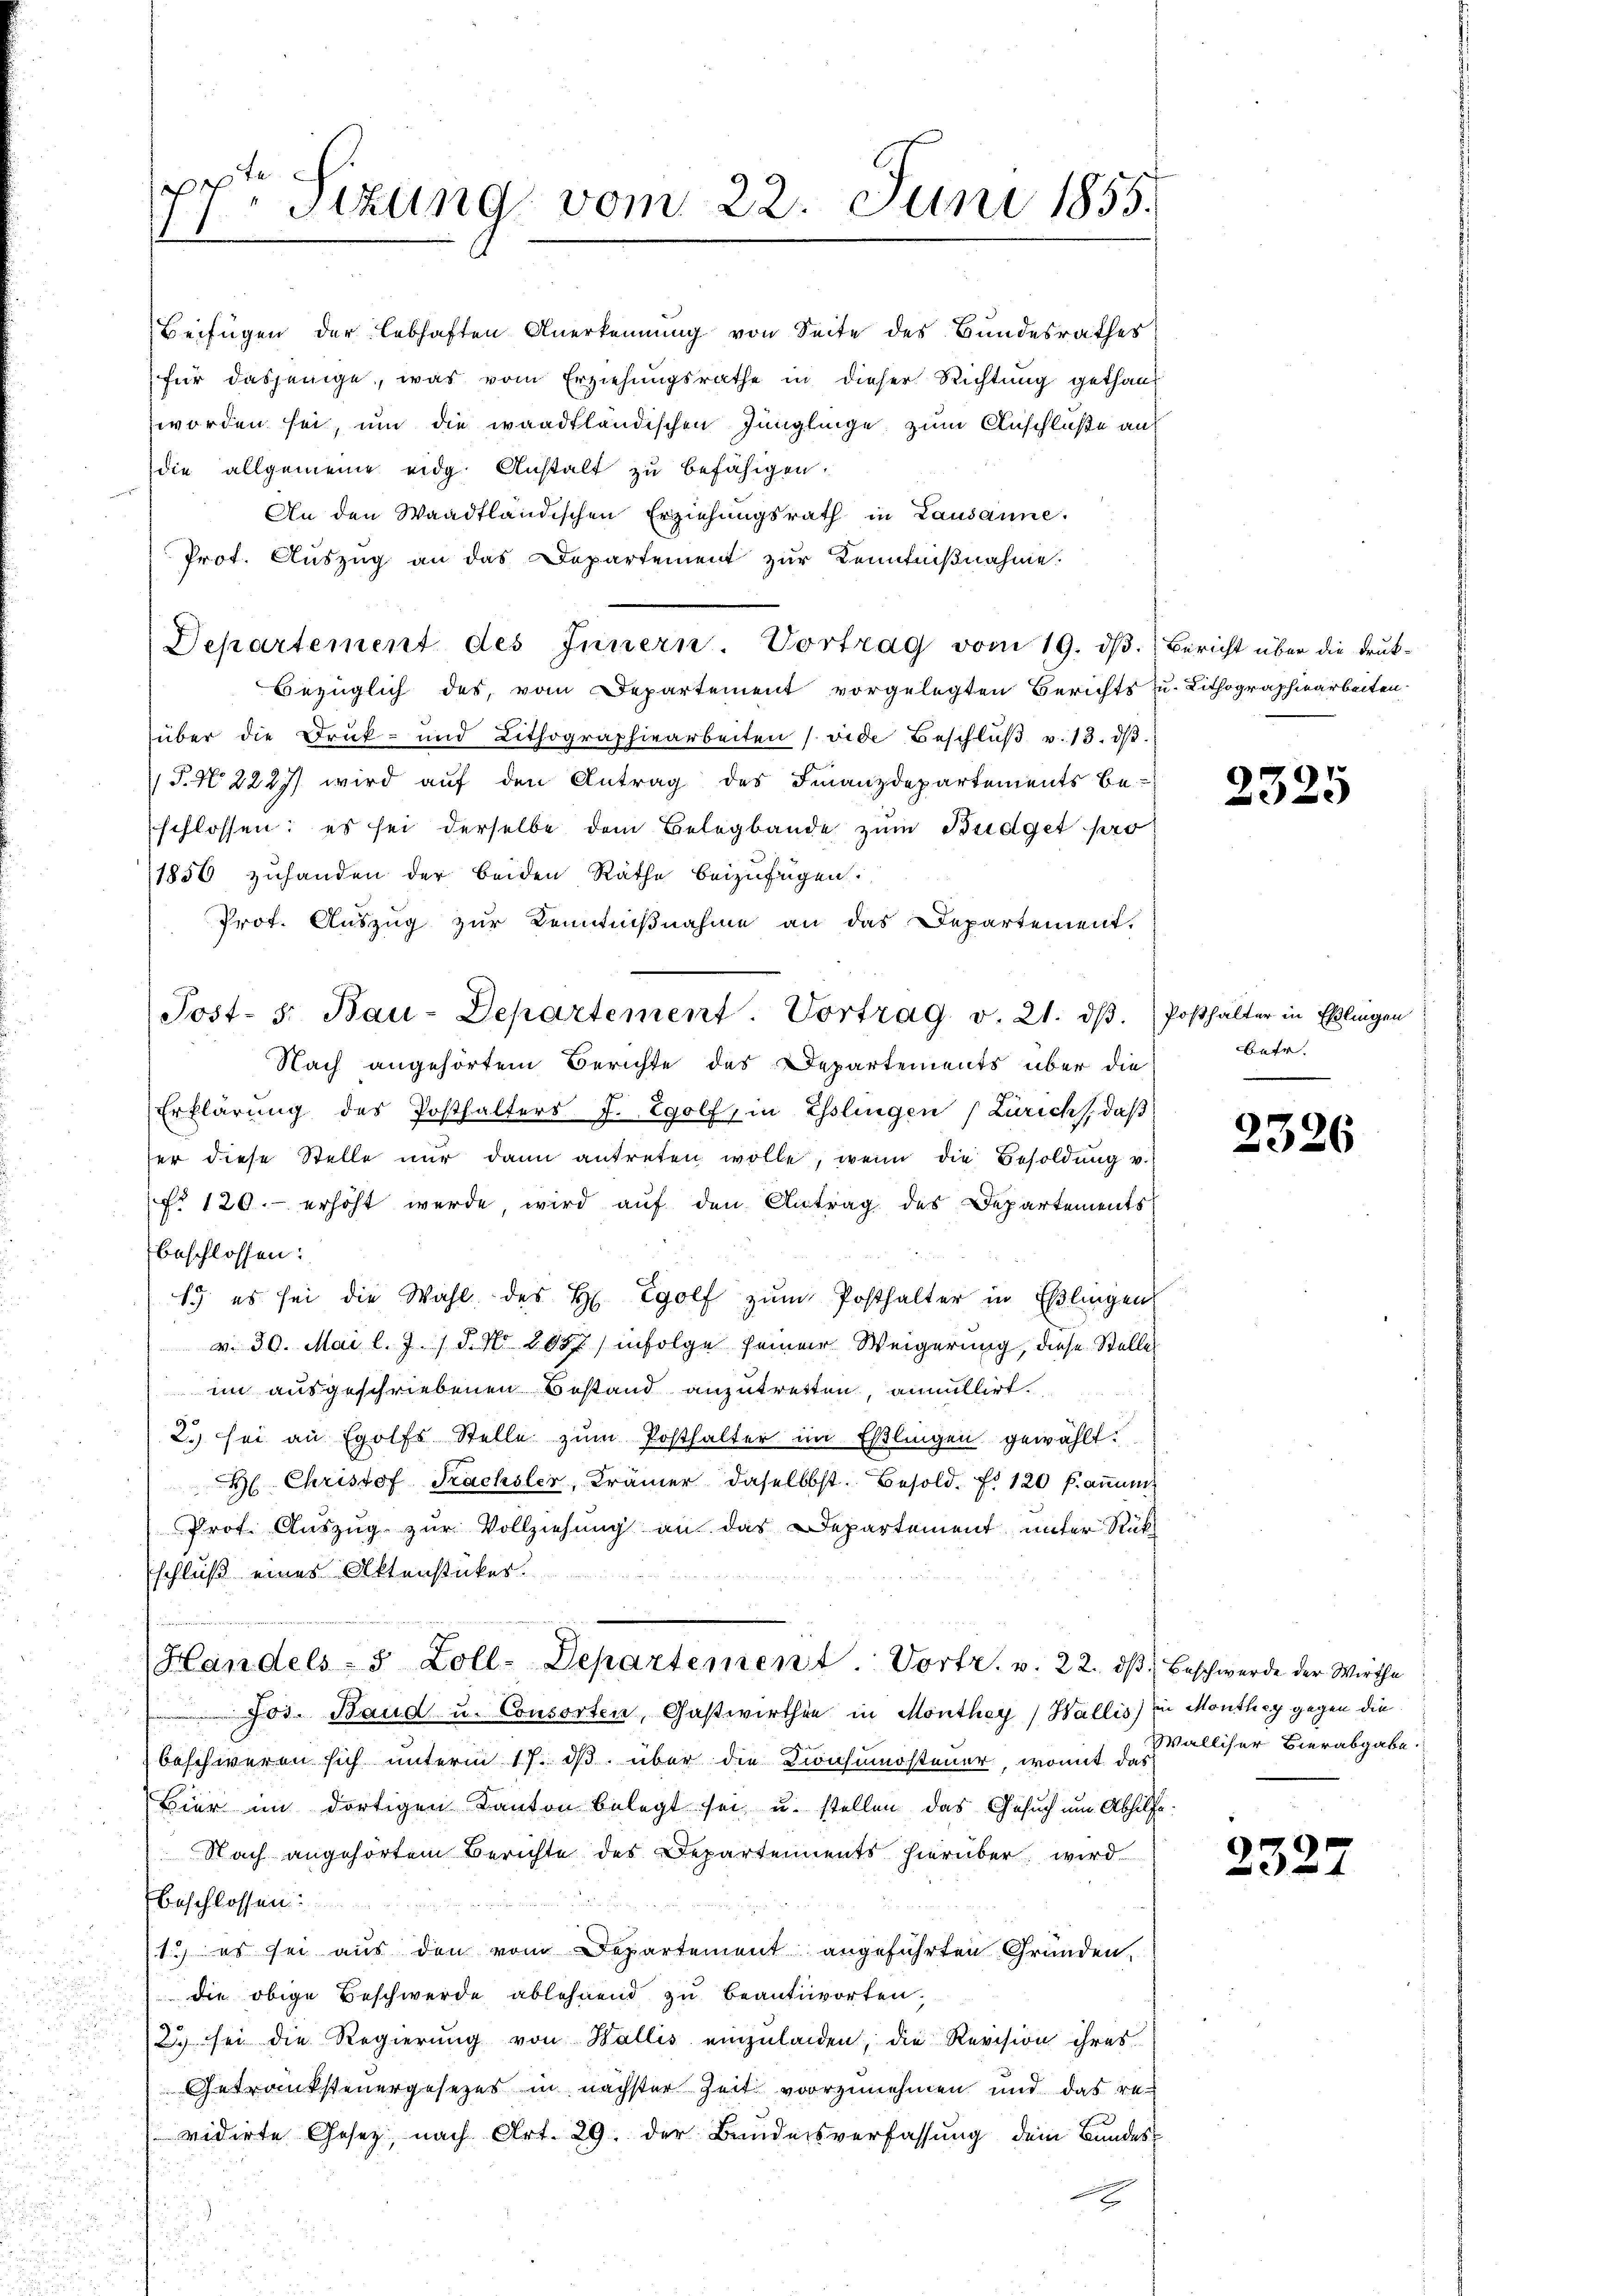
a
 Sizung vom 22. Juni 1855.

Prot. Auszug an das Departement zur Kenntnißnahme.
Bezüglich des, vom Departement vorgelegten Berichts u. Lithographiearbeiten.
über die Druck- und Lithographiearbeiten (vide Beschlŭβ v. 13. dβ
J.N 2227) wird auf den Antrag des Finanzdepartements be-
schlossen: es sei derselbe dem Belagbande zum Budget pro
1856 zuhanden der beiden Räthe beizufügen.
Prof. Auszug zur Kenntnißnahme an das Departement.
Post- s. Bau-Departement. Vortrag v. 21. dβ.
Nach angehörtem Berichte des Departements über die
Erklärung des Posthalters J. Egolf, in Esslingen (Zürich, daß
ser diese Stelle nŭr dann antreten wolle, wenn die Besoldŭng v.
o 120.- erhöht werde, wird auf den Antrag des Departements
beschlossen:
19. es sei die Wahl des H. Egolf zŭm Posthalter in Eßlingen
v. 30. Mai l. J. / 5. No 208 / infolge seine Weigerung, diese Stelle
im ausgeschriebenen Bestand anzutretten, annullirt.
2. sei an Egolfs Stelle zŭm Posthalter im Eßlingen gewählt.
H. Christof Trachsler, Krämer daselbst. Besold. f. 120 f. an
Prof. Auszug zur Vollziehung an das Departement unter Rükschluß eines Aktenstücker.

Beifügen der lebhaften Anerkennung von Seite des Bundesrathes
(für dasjenige, was vom Erziehungsrathe in dieser Richtung gethan
worden sei, um die waadtländischen Jünglinge, zum Anschluße an
die allgemeine eidg. Anstalt zu befähigen.
An den Waadtländischen Erziehungsrath in Lausanne.

Departement des Innern. Vortrag vom 19. dβ. Bericht über die Druk-

Jos. Band u. Consorten, Gastwirthin in Monthey (Wallis) in Monthey gegen die
beschweren sich unterm 17. ds. über die Konsumsteuer, womit das alliser Hierabgabe
Bier im dortigen Kanton belegt sei, u. stellen das Gesuch um Abhilfe
Nach angehörtem Berichte des Departements hierüber wird
beschlossen:
1.) es sei aus den vom Departement angeführten Gründen,
die obige Beschwerde ablehnend zu beantworten,
22 sei die Regierung von Wallis einzuladen, die Revision ihres
Getranksteuergesezes in nächster Zeit vorzunehmen und das re-
vidirte Gesetz, nach Art. 29. der Bundesverfassung dem Bundes-
.

Handels- 5 Zoll-Departement. Vortr. v. 22. dβ beschwerde der Wirthe

2325

Posthalter in Eßlingen
Batr.

2326

2325